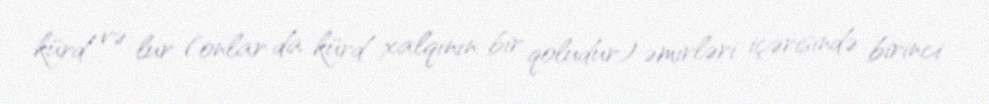
kürd və lur (onlar da kürd xalqının bir qoludur) əmirləri içərisində birinci